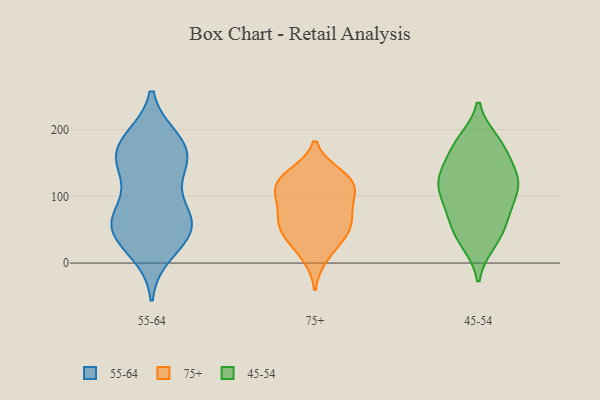
{"axis": {"x": "Market Share (%)", "y": "Value"}, "legend": ["45-54", "55-64", "75+"], "data": [{"x": "", "y": 170, "type": "55-64"}, {"x": "", "y": 174, "type": "55-64"}, {"x": "", "y": 177, "type": "55-64"}, {"x": "", "y": 51, "type": "55-64"}, {"x": "", "y": 136, "type": "55-64"}, {"x": "", "y": 55, "type": "55-64"}, {"x": "", "y": 37, "type": "55-64"}, {"x": "", "y": 143, "type": "55-64"}, {"x": "", "y": 184, "type": "55-64"}, {"x": "", "y": 77, "type": "55-64"}, {"x": "", "y": 17, "type": "55-64"}, {"x": "", "y": 54, "type": "55-64"}, {"x": "", "y": 77, "type": "55-64"}, {"x": "", "y": 59, "type": "55-64"}, {"x": "", "y": 152, "type": "55-64"}, {"x": "", "y": 35, "type": "75+"}, {"x": "", "y": 99, "type": "75+"}, {"x": "", "y": 107, "type": "75+"}, {"x": "", "y": 122, "type": "75+"}, {"x": "", "y": 83, "type": "75+"}, {"x": "", "y": 44, "type": "75+"}, {"x": "", "y": 132, "type": "75+"}, {"x": "", "y": 120, "type": "75+"}, {"x": "", "y": 59, "type": "75+"}, {"x": "", "y": 126, "type": "75+"}, {"x": "", "y": 69, "type": "75+"}, {"x": "", "y": 10, "type": "75+"}, {"x": "", "y": 55, "type": "75+"}, {"x": "", "y": 71, "type": "45-54"}, {"x": "", "y": 50, "type": "45-54"}, {"x": "", "y": 124, "type": "45-54"}, {"x": "", "y": 178, "type": "45-54"}, {"x": "", "y": 113, "type": "45-54"}, {"x": "", "y": 126, "type": "45-54"}, {"x": "", "y": 155, "type": "45-54"}, {"x": "", "y": 171, "type": "45-54"}, {"x": "", "y": 30, "type": "45-54"}, {"x": "", "y": 183, "type": "45-54"}, {"x": "", "y": 73, "type": "45-54"}, {"x": "", "y": 84, "type": "45-54"}, {"x": "", "y": 129, "type": "45-54"}, {"x": "", "y": 30, "type": "45-54"}, {"x": "", "y": 125, "type": "45-54"}, {"x": "", "y": 181, "type": "45-54"}, {"x": "", "y": 107, "type": "45-54"}, {"x": "", "y": 131, "type": "45-54"}, {"x": "", "y": 51, "type": "45-54"}, {"x": "", "y": 98, "type": "45-54"}]}